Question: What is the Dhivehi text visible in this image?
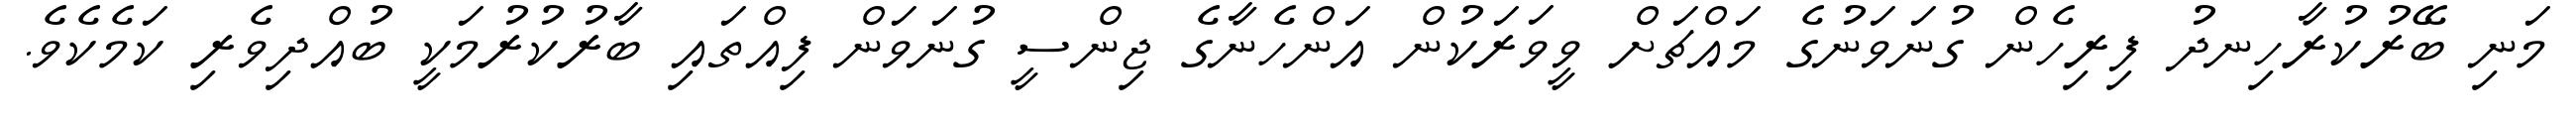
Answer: މަނި ބޭރުކުރާހިނދު ފިރިހެން ގުނަވަނުގެ މައްޗަށް ވީވަރަކުން އަންހެނާގެ ޖިންސީ ގުނަވަން ފިއްތައި ބާރުކުރުމަކީ ބުއްދިވެރި ކަމެކެވެ.